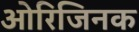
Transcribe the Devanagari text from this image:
ओरिजिनक